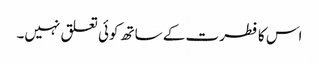
اس کا فطرت کے ساتھ کوئی تعلق نہیں۔